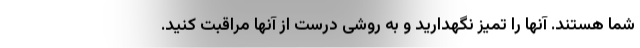
شما هستند. آنها را تمیز نگهدارید و به روشی درست از آنها مراقبت کنید.